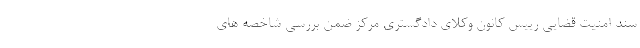
سند امنیت قضایی رییس کانون وکلای دادگستری مرکز ضمن بررسی شاخصه های